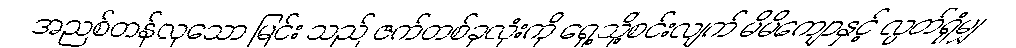
အညစ်တန်လှသော မြင်း သည် ဇက်တစ်ခုလုံးကို ရှေ့သို့စင်းလျက် မိမိကျောနှင့် လွတ်ရုံမျှ